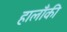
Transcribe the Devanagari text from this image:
हालाँकी